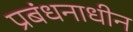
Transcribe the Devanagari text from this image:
प्रबंधनाधीन